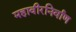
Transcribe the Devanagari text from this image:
महावीरनिर्वाण